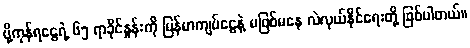
ပို့ကုန်ရငွေရဲ့ ၆၅ ရာခိုင်နှုန်းကို မြန်မာကျပ်ငွေနဲ့ မဖြစ်မနေ လဲလှယ်နိုင်ရေးတို့ ဖြစ်ပါတယ်။